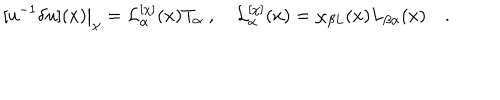
LaTeX: [ u ^ { - 1 } \delta u ] ( x ) \big | _ { \chi } = { \cal L } _ { \alpha } ^ { [ \chi ] } ( x ) T _ { \alpha } \; , \quad { \cal L } _ { \alpha } ^ { [ \chi ] } ( x ) = \chi _ { \beta L } ( x ) L _ { \beta \alpha } ( x ) \quad .